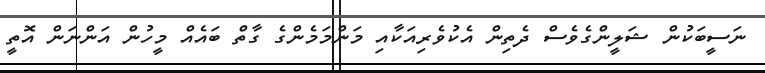
ނަސީބަކުން ޝަލީންގެވެސް ދެތިން އެކުވެރިއަކާއި މަންމަމެންގެ ގާތް ބައެއް މީހުން އަންނަން އޮތީ